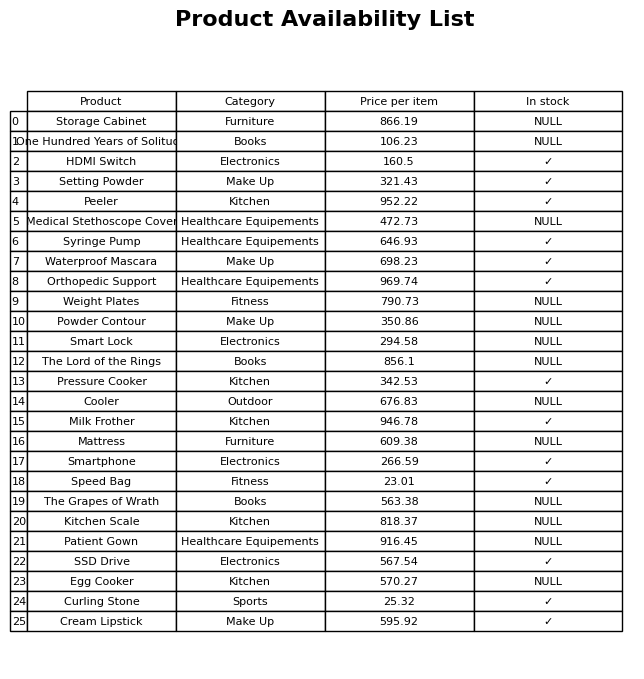
question: What is the price for Egg Cooker?
answer: The price of Egg Cooker is 570.27.